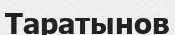
Таратынов